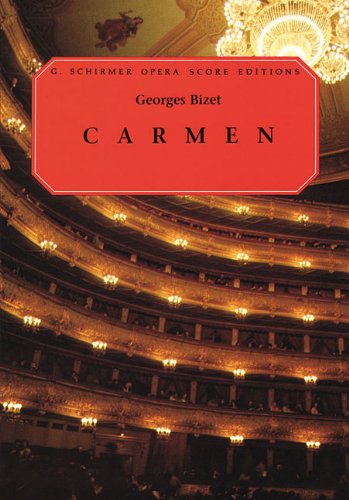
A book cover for Carmen: Vocal Score; Ruth Martin; Humor & Entertainment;